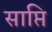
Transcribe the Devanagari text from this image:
साप्ति